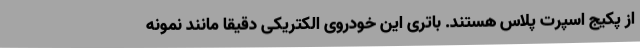
از پکیج اسپرت پلاس هستند. باتری این خودروی الکتریکی دقیقا مانند نمونه